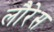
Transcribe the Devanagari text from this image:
लौरेस